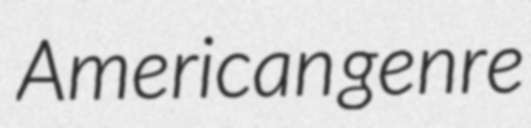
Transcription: American genre